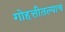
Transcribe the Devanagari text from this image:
गोहत्तीतल्याच